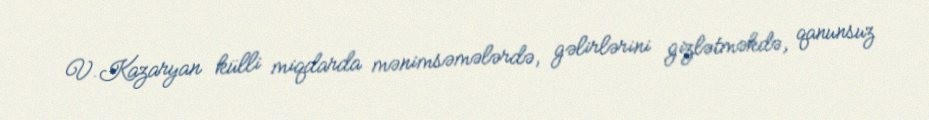
V.Kazaryan külli miqdarda mənimsəmələrdə, gəlirlərini gizlətməkdə, qanunsuz